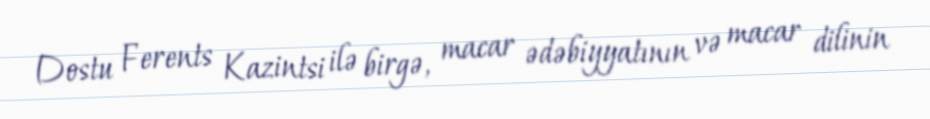
Dostu Ferents Kazintsi ilə birgə, macar ədəbiyyatının və macar dilinin